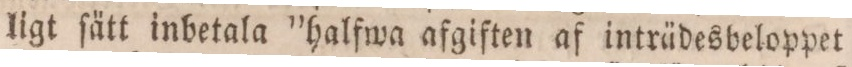
ligt ſätt inbetala ”halfwa afgiften af inträdesbeloppet